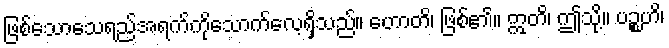
ဖြစ်သောသေရည်အရက်ကိုသောက်လေ့ရှိသည်။ ဟောတိ၊ ဖြစ်၏။ ဣတိ၊ ဤသို့။ ပဉ္စဟိ၊